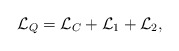
\begin{align*}{\cal L}_Q = {\cal L}_C + {\cal L}_1 + {\cal L}_2 ,\end{align*}